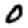
Digit: 0